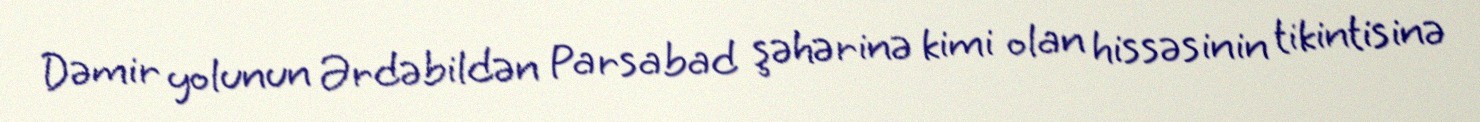
Dəmir yolunun Ərdəbildən Parsabad şəhərinə kimi olan hissəsinin tikintisinə